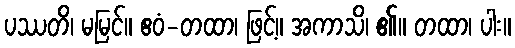
ပဿတိ၊ မမြင်။ ဧဝံ-တထာ၊ ဖြင့်။ အကာသိ၊ ၏။ တထာ၊ ပါး။